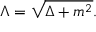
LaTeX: \Lambda = \sqrt { \Delta + m ^ { 2 } } .